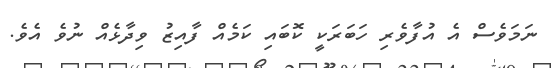
ނަމަވެސް އެ އުފާވެެރި ހަބަރަކީ ކޮބައި ކަމެއް ފާއިޒު ވިދާޅެއް ނުވެ އެވެ.